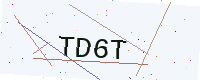
Text: TD6T